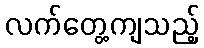
လက်တွေ့ကျသည့်